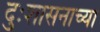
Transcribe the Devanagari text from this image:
दुःशासनाच्या